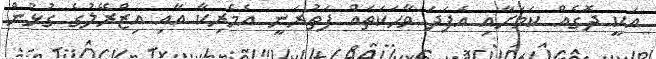
އަކީ ދޮގެއް ކަމަށާއި އެފަދަ ވާހަކަތައް ފަތުރަނީ އެމެރިކާ އާއި އިޒްރޭލުގެ ގުޅުން